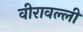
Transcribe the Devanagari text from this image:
वीरावल्ली